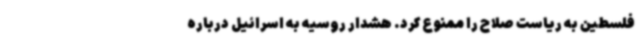
فلسطین به ریاست صلاح را ممنوع کرد. هشدار روسیه به اسرائیل درباره